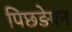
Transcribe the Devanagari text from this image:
पिछङेपन